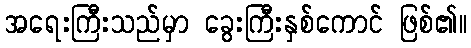
အရေးကြီးသည်မှာ ခွေးကြီးနှစ်ကောင် ဖြစ်၏။